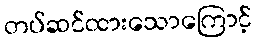
တပ်ဆင်ထားသောကြောင့်